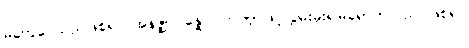
မတွေဝေသည်ဖြစ်၍။ အနဇ္ဈာပန္နော၊ တဏှာဖြင့်လွှမ်းမိုး၍မရောက်သည် ဖြစ်၍။